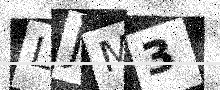
Text: LJM3